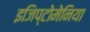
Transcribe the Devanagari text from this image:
इजिप्टोमेनिया